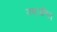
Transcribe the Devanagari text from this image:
राष्ट्रपतिय